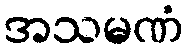
အသမဏံ